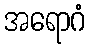
အရောဂံ